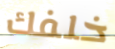
خلفك